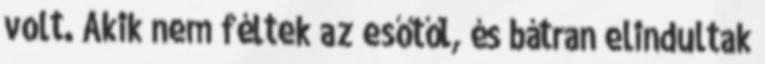
volt. Akik nem féltek az esőtől, és bátran elindultak